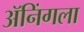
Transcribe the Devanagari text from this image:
ॲनिंगला